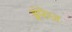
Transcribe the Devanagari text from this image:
इंफेज